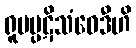
ရူပပ္ပဋိသံဝေဒီဟိ